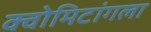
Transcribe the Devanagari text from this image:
क्वोमिटांगला